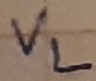
Text: VL